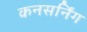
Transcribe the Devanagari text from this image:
कनसर्निंग